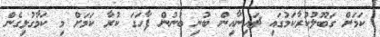
ކަމަށް ގަބޫލުކުރާކަމުގައި ޗައިނާއިން ބުނި ބުނުން ފާހަގަ ކުރާ ކަމަށް މި ކަމާގުޅިގެން